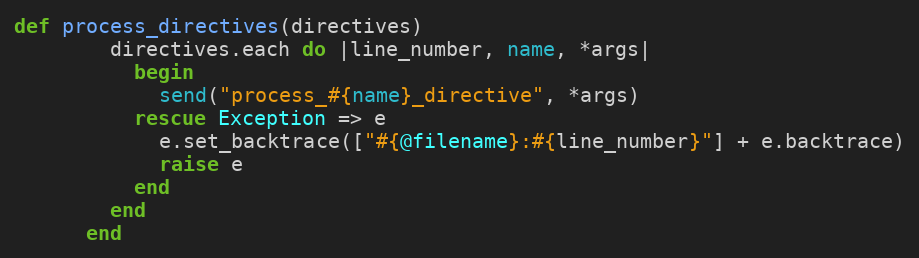
Language: Ruby
def process_directives(directives)
        directives.each do |line_number, name, *args|
          begin
            send("process_#{name}_directive", *args)
          rescue Exception => e
            e.set_backtrace(["#{@filename}:#{line_number}"] + e.backtrace)
            raise e
          end
        end
      end